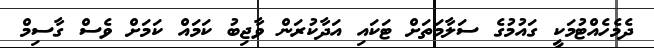
ދެމެހެއްޓުމަކީ ގައުމުގެ ސަލާމަތަށް ޓަކައި އަދާކުރަން ވާޖިބު ކަމައް ކަމަށް ވެސް ގާސިމް